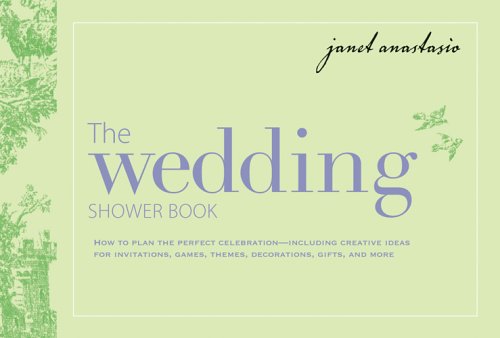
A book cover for Wedding Shower Book; Janet Anastasio; Crafts, Hobbies & Home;